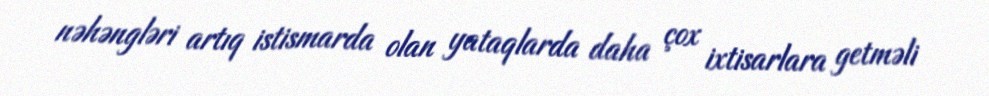
nəhəngləri artıq istismarda olan yataqlarda daha çox ixtisarlara getməli